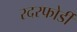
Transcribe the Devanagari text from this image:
रदरफोर्डी